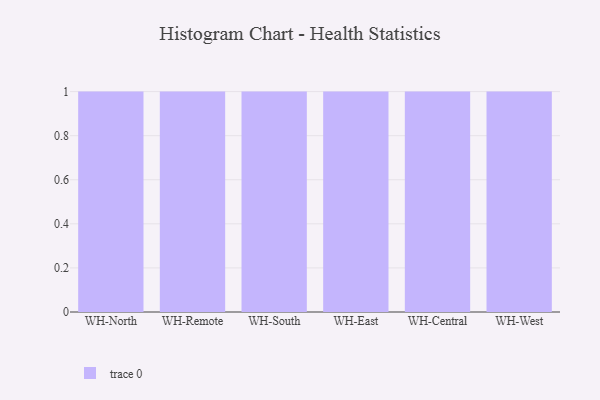
{"axis": {"x": "Warehouse", "y": "Inventory Turnover"}, "legend": [""], "data": [{"x": "WH-North", "y": 13, "type": ""}, {"x": "WH-Remote", "y": 96, "type": ""}, {"x": "WH-South", "y": 32, "type": ""}, {"x": "WH-East", "y": 35, "type": ""}, {"x": "WH-Central", "y": 14, "type": ""}, {"x": "WH-West", "y": 64, "type": ""}]}